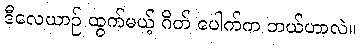
ဒီလေယာဉ် ထွက်မယ့် ဂိတ် ပေါက်က ဘယ်ဟာလဲ။